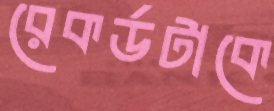
রেকর্ডটাকে